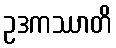
ဥဒကဿာတိ